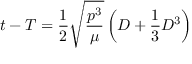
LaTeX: t - T = { \frac { 1 } { 2 } } { \sqrt { \frac { p ^ { 3 } } { \mu } } } \left( D + { \frac { 1 } { 3 } } D ^ { 3 } \right)